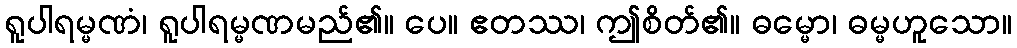
ရူပါရမ္မဏံ၊ ရူပါရမ္မဏမည်၏။ ပေ။ ဧတဿ၊ ဤစိတ်၏။ ဓမ္မော၊ ဓမ္မဟူသော။